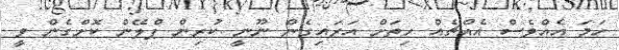
ހަމަ އެއްވެސް އެއްޗެއް ހިތަށް އަރައިގެން ނޫނީ ކުރިން ޕްލޭން ކޮށްގެން ވީ